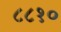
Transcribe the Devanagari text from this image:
८८१०